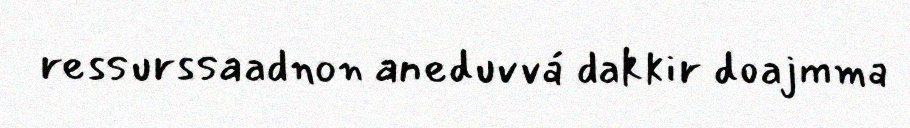
ressurssaadnon aneduvvá dakkir doajmma